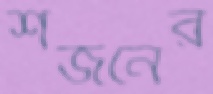
শজনের